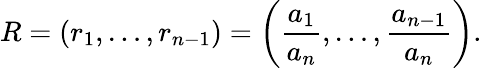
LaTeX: R=(r_{1},\ldots,r_{n-1})=\left({\frac{a_{1}}{a_{n}}},\ldots,{\frac{a_{n-1}}{a_{n}}}\right).